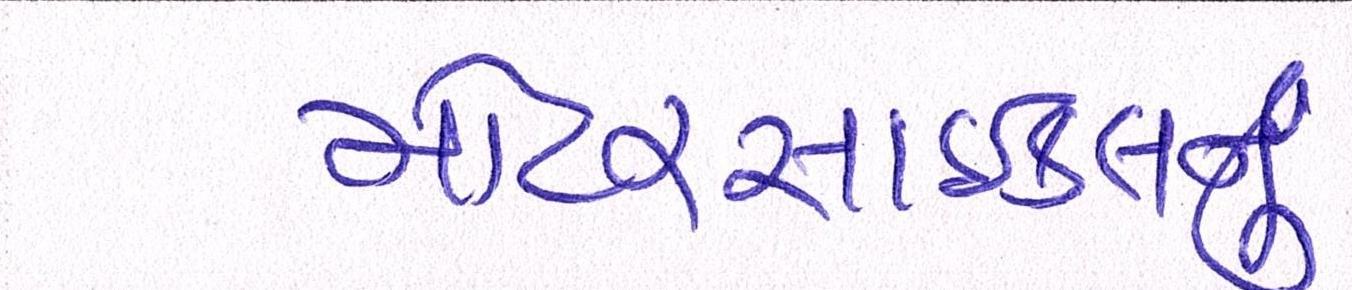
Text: મોટરસાઇકલનું